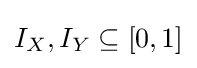
I_{X},I_{Y}\subseteq [0,1]